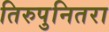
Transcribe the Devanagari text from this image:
तिरुपुनितरा